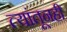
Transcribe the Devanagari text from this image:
त्यांतूनही